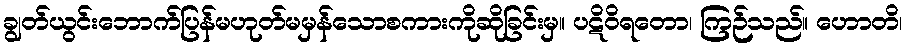
ချွတ်ယွင်းဘောက်ပြန်မဟုတ်မမှန်သောစကားကိုဆိုခြင်းမှ။ ပဋိဝိရတော၊ ကြဉ်သည်။ ဟောတိ၊